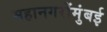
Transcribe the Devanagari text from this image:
महानगरोंमुंबई